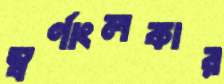
স্বর্ণাংলকার